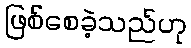
ဖြစ်စေခဲ့သည်ဟု